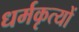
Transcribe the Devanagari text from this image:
धर्मकृत्यों